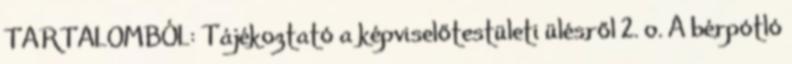
TARTALOMBÓL: Tájékoztató a képviselőtestületi ülésről 2. o. A bérpótló